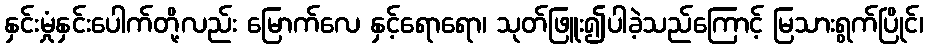
နှင်းမှုံနှင်းပေါက်တို့လည်း မြောက်လေ နှင့်ရောရော၊ သုတ်ဖြူး၍ပါခဲ့သည်ကြောင့် မြသားရွက်ပြိုင်၊